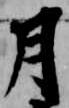
月